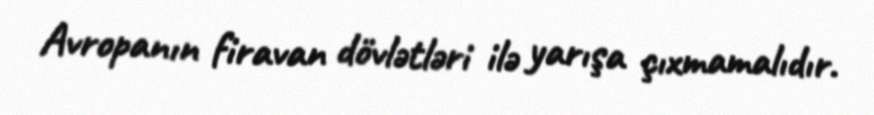
Avropanın firavan dövlətləri ilə yarışa çıxmamalıdır.